Annual administration and progress report of the Indian Medical Department, Bombay
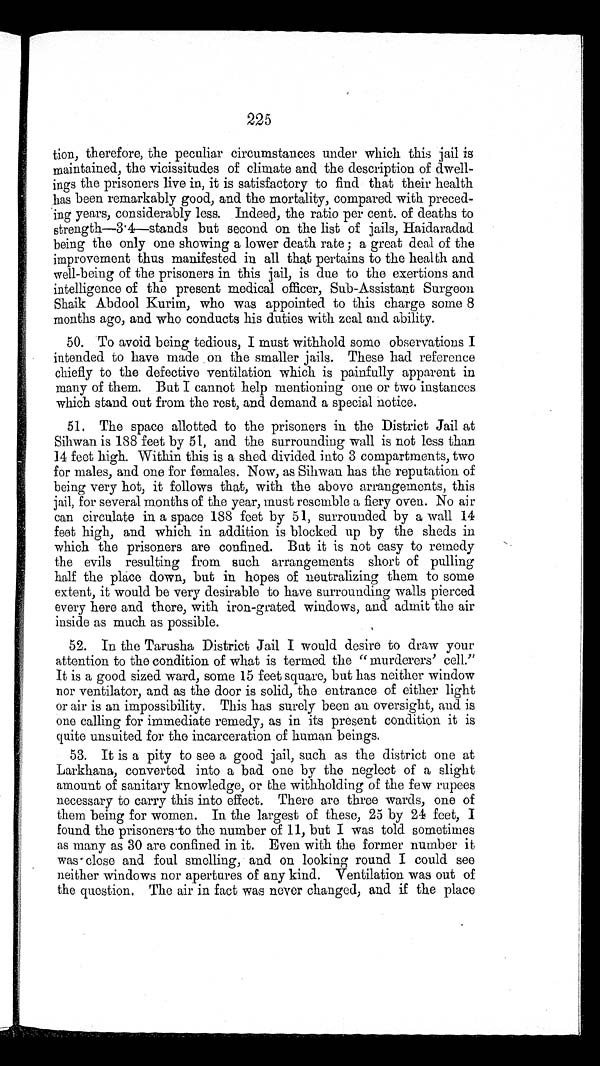
225
tion, therefore, the peculiar circumstances under which this jail is
maintained, the vicissitudes of climate and the description of dwell-
ings the prisoners live in, it is satisfactory to find that their health
has been remarkably good, and the mortality, compared with preced-
ing years, considerably less. Indeed, the ratio per cent. of deaths to
strength—3.4—stands but second on the list of jails, Haidaradad
being the only one showing a lower death rate ; a great deal of the
improvement thus manifested in all that pertains to the health and
well-being of the prisoners in this jail, is due to the exertions and
intelligence of the present medical officer, Sub-Assistant Surgeon
Shaik Abdool Kurim, who was appointed to this charge some 8
months ago, and who conducts his duties with zeal and ability.
50. To avoid being tedious, I must withhold some observations I
intended to have made on the smaller jails. These had reference
chiefly to the defective ventilation which is painfully apparent in
many of them. But I cannot help mentioning one or two instances
which stand out from the rest, and demand a special notice.
51. The space allotted to the prisoners in the District Jail at
Sihwan is 188 feet by 51, and the surrounding wall is not less than
14 feet high. Within this is a shed divided into 3 compartments, two
for males, and one for females. Now, as Sihwan has the reputation of
being very hot, it follows that, with the above arrangements, this
jail, for several months of the year, must resemble a fiery oven. No air
can circulate in a space 188 feet by 51, surrounded by a wall 14
feet high, and which in addition is blocked up by the sheds in
which the prisoners are confined. But it is not easy to remedy
the evils resulting from such arrangements short of pulling
half the place down, but in hopes of neutralizing them to some
extent, it would be very desirable to have surrounding walls pierced
every here and there, with iron-grated windows, and admit the air
inside as much as possible.
52. In the Tarusha District Jail I would desire to draw your
attention to the condition of what is termed the “murderers’ cell.”
It is a good sized ward, some 15 feet square, but has neither window
nor ventilator, and as the door is solid, the entrance of either light
or air is an impossibility. This has surely been an oversight, and is
one calling for immediate remedy, as in its present condition it is
quite unsuited for the incarceration of human beings.
53. It is a pity to see a good jail, such as the district one at
Larkhana, converted into a bad one by the neglect of a slight
amount of sanitary knowledge, or the withholding of the few rupees
necessary to carry this into effect. There are three wards, one of
them being for women. In the largest of these, 25 by 24 feet, I
found the prisoners to the number of 11, but I was told sometimes
as many as 30 are confined in it. Even with the former number it
was close and foul smelling, and on looking round I could see
neither windows nor apertures of any kind. Ventilation was out of
the question. The air in fact was never changed, and if the place